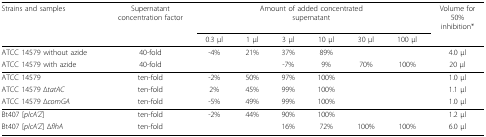
| Strains and samples | Supernatantconcentration factor | <COLSPAN=6> Amount of added concentratedsupernatant | Volume for50%inhibition* |
 |  |  | 0.3 μl | 1 μl | 3 μl | 10 μl | 30 μl | 100 μl |  |
 | --- | --- | --- | --- | --- | --- | --- | --- | --- |
 | ATCC 14579 without azide | 40-fold | -4% | 21% | 37% | 89% |  |  | 4.0 μl |
 | ATCC 14579 with azide | 40-fold |  |  | -7% | 9% | 70% | 100% | 20 μl |
 | ATCC 14579 | ten-fold | -2% | 50% | 97% | 100% |  |  | 1.0 μl |
 | ATCC 14579 ΔtatAC | ten-fold | 2% | 45% | 99% | 100% |  |  | 1.1 μl |
 | ATCC 14579 ΔcomGA | ten-fold | -5% | 49% | 99% | 100% |  |  | 1.0 μl |
 | Bt407 [plcA'Z] | ten-fold | -2% | 44% | 90% | 100% |  |  | 1.2 μl |
 | Bt407 [plcA'Z] ΔflhA | ten-fold |  |  | 16% | 72% | 100% | 100% | 6.0 μl |